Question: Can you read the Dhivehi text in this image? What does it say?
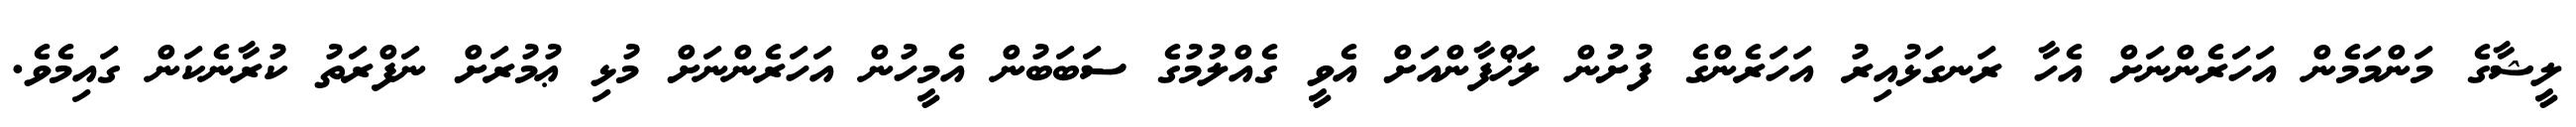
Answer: ލީޝާގެ މަންމަމެން އަހަރެންނަށް އެހާ ރަނގަޅުއިރު އަހަރެންގެ ފުށުން ލަޚްފާންއަށް އެވީ ގެއްލުމުގެ ސަބަބުން އެމީހުން އަހަރެންނަށް މުޅި ޢުމުރަށް ނަފްރަތު ކުރާނެކަން ގައިމެވެ.